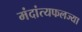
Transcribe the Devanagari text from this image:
मंदांत्यफलज्या